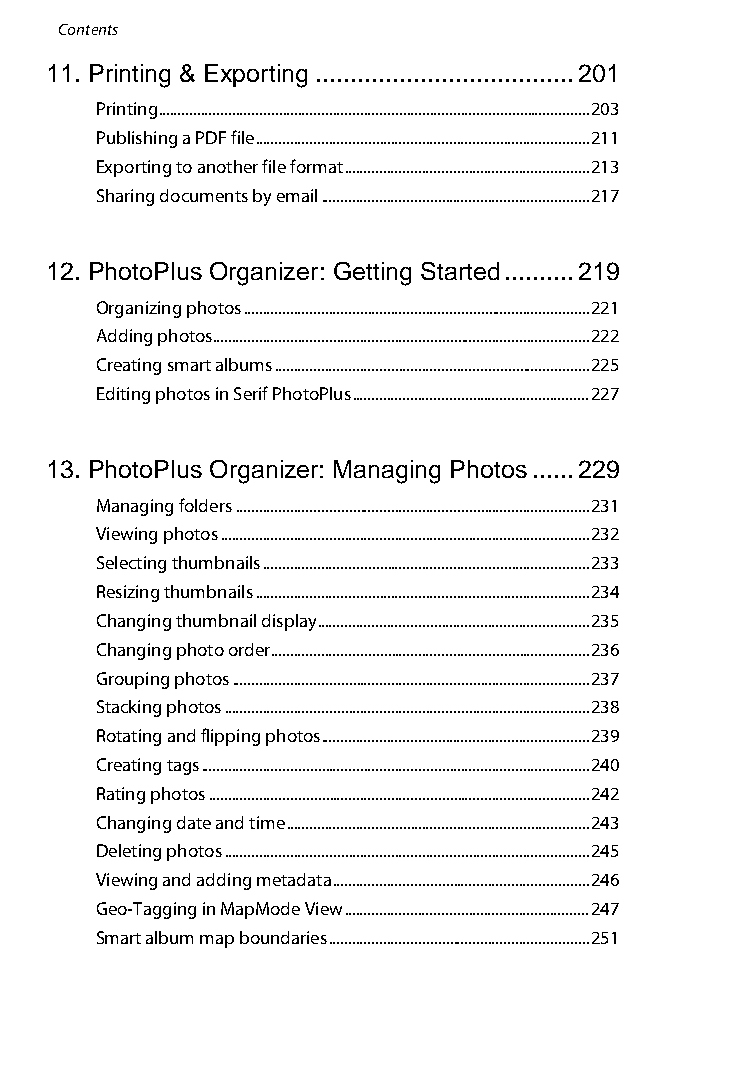
Contents
 11. Printing & Exporting ..................................... 201
 Printing ............................................................................................................... 203
 Publishing a PDF file ...................................................................................... 211
 Exporting to another file format ............................................................... 213
 Sharing documents by email ..................................................................... 217
 12. PhotoPlus Organizer: Getting Started .......... 219
 Organizing photos ......................................................................................... 221
 Adding photos ................................................................................................. 222
 Creating smart albums ................................................................................. 225
 Editing photos in Serif PhotoPlus ............................................................. 227
 13. PhotoPlus Organizer: Managing Photos ...... 229
 Managing folders ........................................................................................... 231
 Viewing photos ............................................................................................... 232
 Selecting thumbnails .................................................................................... 233
 Resizing thumbnails ...................................................................................... 234
 Changing thumbnail display ...................................................................... 235
 Changing photo order .................................................................................. 236
 Grouping photos ............................................................................................ 237
 Stacking photos .............................................................................................. 238
 Rotating and flipping photos ..................................................................... 239
 Creating tags .................................................................................................... 240
 Rating photos .................................................................................................. 242
 Changing date and time .............................................................................. 243
 Deleting photos .............................................................................................. 245
 Viewing and adding metadata .................................................................. 246
 Geo-Tagging in MapMode View ............................................................... 247
 Smart album map boundaries ................................................................... 251